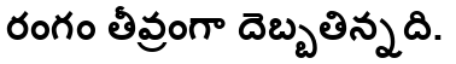
రంగం తీవ్రంగా దెబ్బతిన్నది.